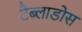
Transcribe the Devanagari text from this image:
टैब्लाडोस